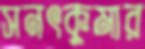
সনৎকুমার